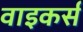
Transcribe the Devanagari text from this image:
वाइकर्स